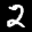
Label: 2